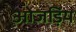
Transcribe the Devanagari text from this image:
ओजड़िय